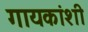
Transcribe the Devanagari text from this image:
गायकांशी